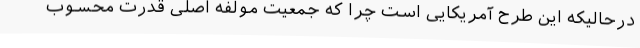
درحالیکه این طرح آمریکایی است چرا که جمعیت مولفه اصلی قدرت محسوب